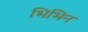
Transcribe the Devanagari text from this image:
भिभिन